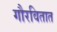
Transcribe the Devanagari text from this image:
गौरवितात